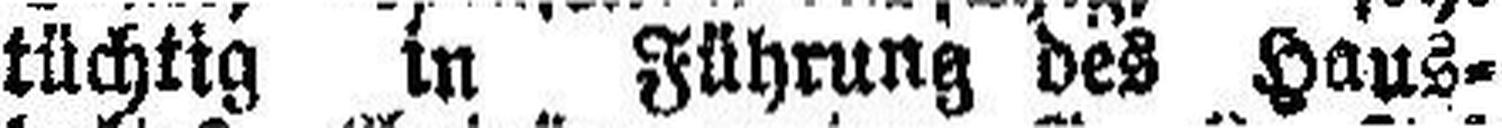
tüchtig in Führung des Haus¬